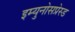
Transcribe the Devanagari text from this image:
इम्युनोसप्रेस्ड